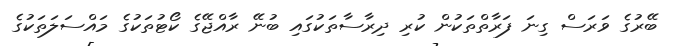
ބޭރުގެ ވަރަސް ގިނަ ފަރާތްތަކުން ކުރި ދިރާސާތަކުގައި ބުނޭ ރާއްޖޭގެ ކޯޓުތަކުގެ މައްސަލަތަކުގެ